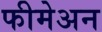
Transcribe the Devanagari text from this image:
फीमेअन